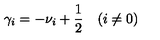
\gamma _ { i } = - \nu _ { i } + \frac 1 2 \quad ( i \not = 0 )